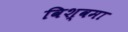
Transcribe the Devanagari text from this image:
विश्वमा